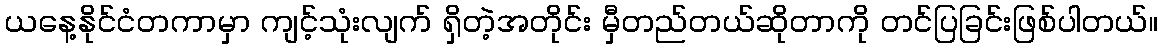
ယနေ့နိုင်ငံတကာမှာ ကျင့်သုံးလျက် ရှိတဲ့အတိုင်း မှီတည်တယ်ဆိုတာကို တင်ပြခြင်းဖြစ်ပါတယ်။